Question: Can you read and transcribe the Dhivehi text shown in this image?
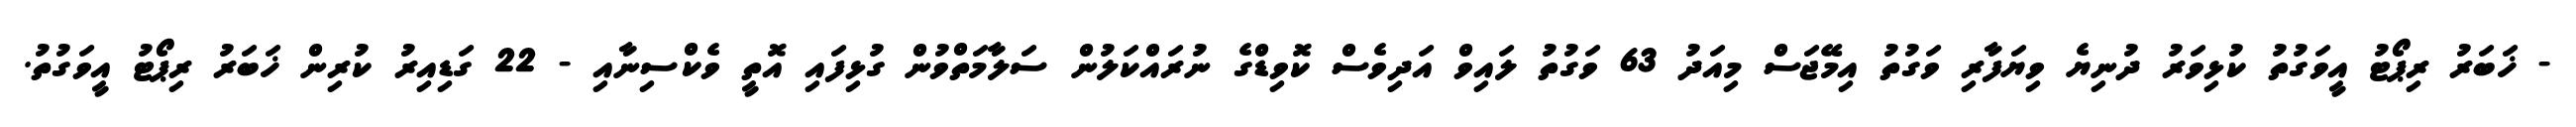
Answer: - ޚަބަރު ރިޕޯޓު އީވަގުތު ކުޅިވަރު ދުނިޔެ ވިޔަފާރި ވަގުތު އިމޭޖަސް މިއަދު 63 ވަގުތު ލައިވް އަދިވެސް ކޮވިޑްގެ ނުރައްކަލުން ސަލާމަތްވުން ގުޅިފައި އޮތީ ވެކްސިނާއި - 22 ގަޑިއިރު ކުރިން ޚަބަރު ރިޕޯޓު އީވަގުތު.